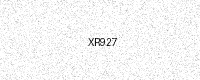
Text: XR927